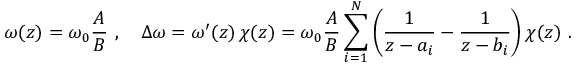
\omega ( z ) = \omega _ { 0 } { \frac { \cal A } { \cal B } } \ , \quad \Delta \omega = \omega ^ { \prime } ( z ) \, \chi ( z ) = \omega _ { 0 } { \frac { \cal A } { \cal B } } \sum _ { i = 1 } ^ { \cal N } \left( { \frac { 1 } { z - a _ { i } } } - { \frac { 1 } { z - b _ { i } } } \right) \chi ( z ) \ .